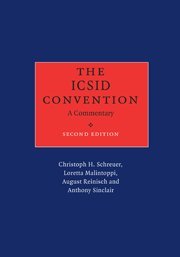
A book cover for The ICSID Convention: A Commentary; Christoph H. Schreuer; Law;